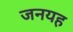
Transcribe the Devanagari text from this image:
जनयह